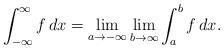
LaTeX: \begin{align*}\int_{-\infty}^\infty f\,dx = \lim_{a \rightarrow -\infty}\lim_{b \rightarrow \infty}\int_a^b f\,dx.\end{align*}